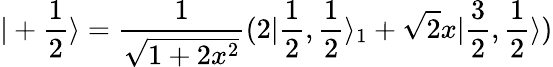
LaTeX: |+\frac{1}{2}\rangle=\frac{1}{\sqrt{1+2x^{2}}}(2|\frac{1}{2},\frac{1}{2}\rangle_{1}+\sqrt{2}x|\frac{3}{2},\frac{1}{2}\rangle)